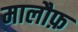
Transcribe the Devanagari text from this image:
मालौफ़